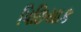
પિછિયાક